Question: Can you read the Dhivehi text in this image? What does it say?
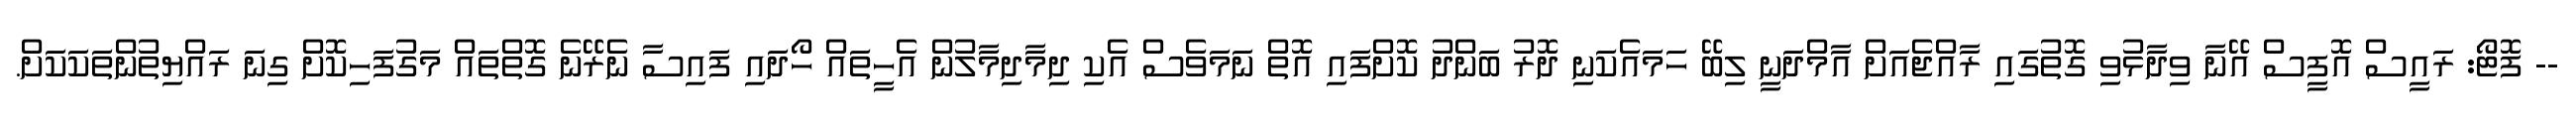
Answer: -- ފޮޓޯ: ރައީސް އޮފީސް އޭނާ ވިދާޅުވި ގޮތުގައި ރާއްޖެއަށް އާމްދަނީ ލިބޭ ހަމައެކަނި ދޮރު ބަންދު ކޮށްފައި އޮތް ނަމަވެސް އެކި ދިމާދިމާލުން އެހީތައް ހޯދައި ފައިސާ ނެރޭނެ ގޮތްތައް މަގުފަހިކޮށް ގިނަ ރައްޔިތުންތަކަކަށް.